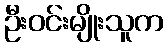
ဦးဝင်းမျိုးသူက